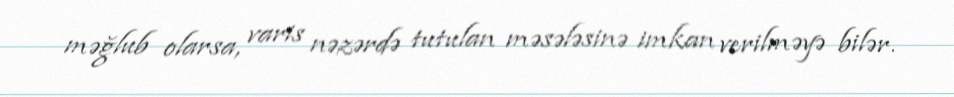
məğlub olarsa, varis nəzərdə tutulan məsələsinə imkan verilməyə bilər.